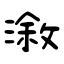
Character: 漵